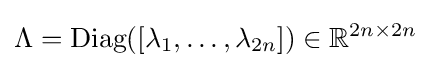
\Lambda ={\text{Diag}}([\lambda _{1},\ldots ,\lambda _{2n}])\in \mathbb {R} ^{2n\times 2n}